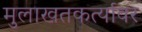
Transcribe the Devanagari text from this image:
मुलाखतकर्त्यावर